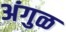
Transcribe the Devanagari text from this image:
अंगुळ